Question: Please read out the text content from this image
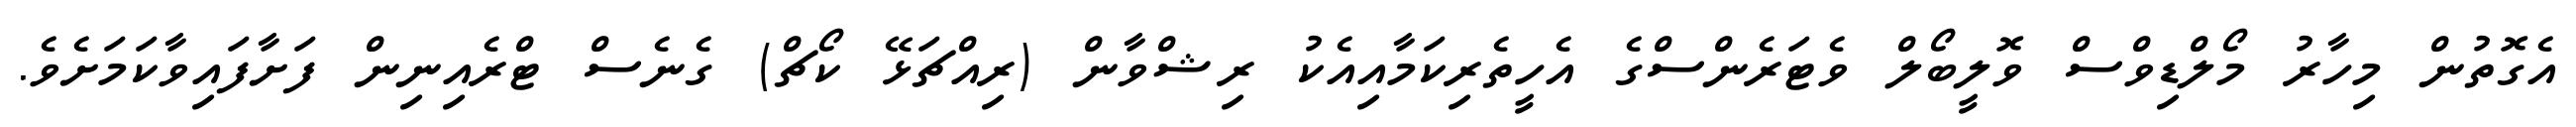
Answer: އެގޮތުން މިހާރު މޯލްޑިވްސް ވޮލީބޯލް ވެޓަރެންސްގެ އެހީތެރިކަމާއިއެކު ރިޝްވާން (ރިއްޗަޅޭ ކޯޗް) ގެނެސް ޓްރެއިނިން ފަށާފައިވާކަމަށެވެ.